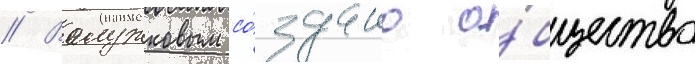
// Волужковым со́здано о́бщество